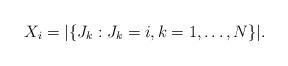
LaTeX: \begin{align*}X_i = |\{J_k: J_k=i, k=1,\ldots, N\}|.\end{align*}